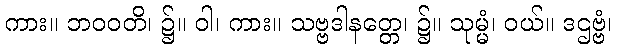
ကား။ ဘဝဝတိ၊ ၌။ ဝါ၊ ကား။ သဗ္ဗဒါနတ္တေ၊ ၌။ သုမ္မံ၊ ဝယ်။ ဒဌဗ္ဗံ၊